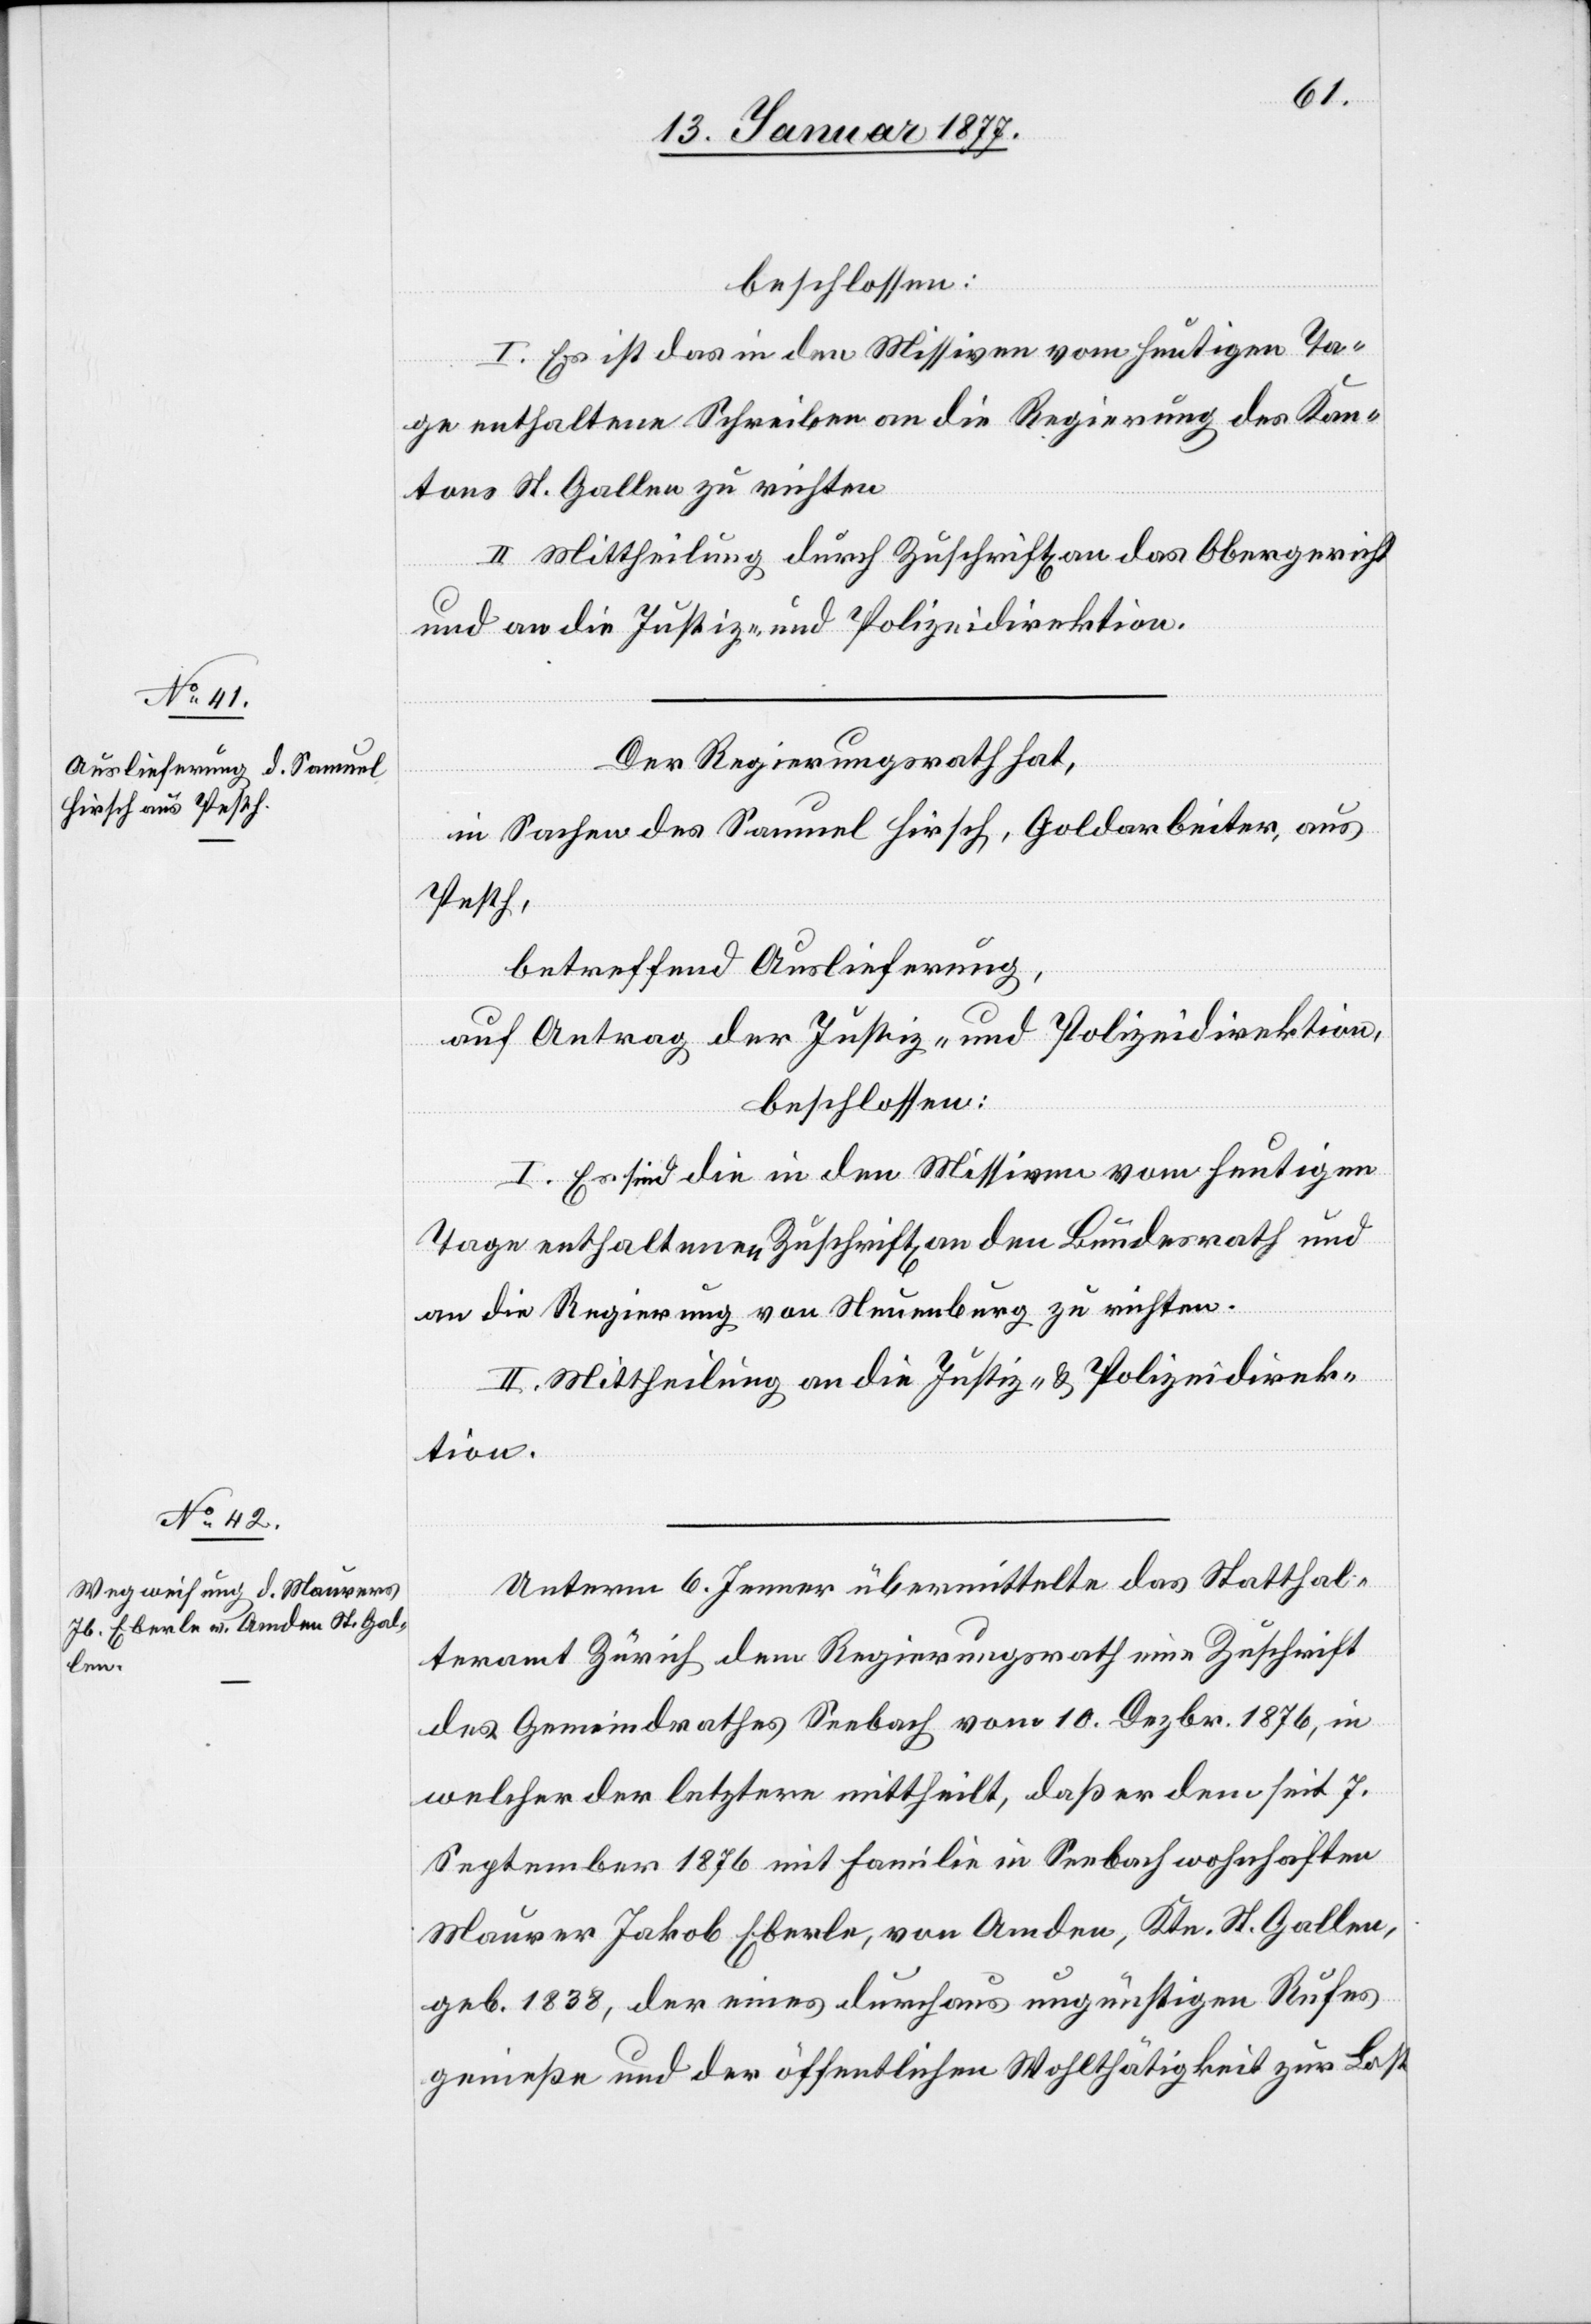
beschlossen:
I. Es ist das in den Missiven vom heutigen Ta¬
ge enthaltene Schreiben an die Regierung des Kan¬
tons St. Gallen zu richten[.]
II. Mittheilung durch Zuschrift an das Obergericht
und an die Justiz- und Polizeidirektion.
Der Regierungsrath hat,
in Sachen des Samuel Hirsch, Goldarbeiter, aus
Pesth,
betreffend Auslieferung,
auf Antrag der Justiz- und Polizeidirektion,
beschlossen:
I. Es sind die in den Missiven vom heutigen
Tage enthaltenen Zuschrift[en] an den Bundesrath und
an die Regierung von Neuenburg zu richten.
II. Mittheilung an die Justiz- & Polizeidirek¬
tion.
Unterm 6. Januar übermittelte das Statthal¬
teramt Zürich dem Regierungsrath eine Zuschrift
des Gemeindrathes Seebach vom 10. Dezbr. 1876, in
welcher der letztere mittheilt, daß er dem seit 7.
September 1876 mit Familie in Seebach wohnhaften
Maurer Jakob Eberle, von Amden, Ktn. St. Gallen,
geb. 1838, der eines durchaus ungünstigen Rufes
genieße [sic!] und der öffentlichen Wohlthätigkeit zur Last